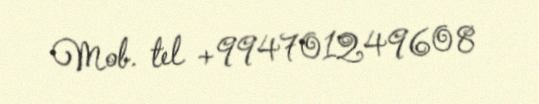
Mob. tel +994701249608